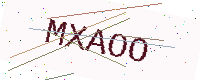
Text: MXAOO